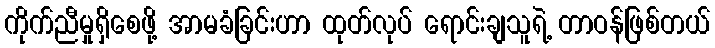
ကိုက်ညီမှုရှိစေဖို့ အာမခံခြင်းဟာ ထုတ်လုပ် ရောင်းချသူရဲ့ တာဝန်ဖြစ်တယ်